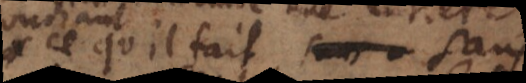
ce qu’il fait sans